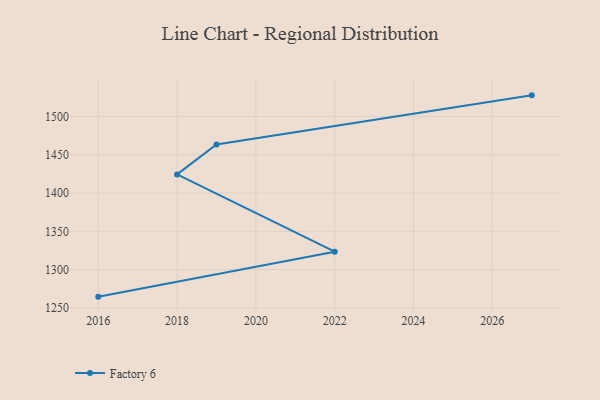
{"axis": {"x": "Year", "y": "Operating Costs (USD K)"}, "legend": ["Factory 6"], "data": [{"x": "2027", "y": 1527.5, "type": "Factory 6"}, {"x": "2019", "y": 1463.4, "type": "Factory 6"}, {"x": "2018", "y": 1424.3, "type": "Factory 6"}, {"x": "2022", "y": 1323.4, "type": "Factory 6"}, {"x": "2016", "y": 1264.7, "type": "Factory 6"}]}